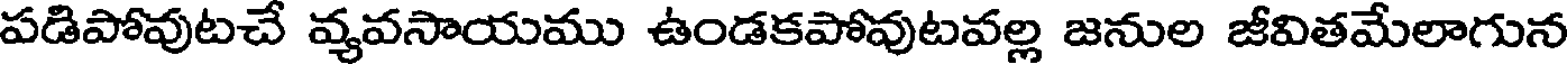
పడిపోవుటచే వ్యవసాయము ఉండకపోవుటవల్ల జనుల జీవితమేలాగున